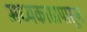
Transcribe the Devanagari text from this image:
मध्यकाष्ठापासून